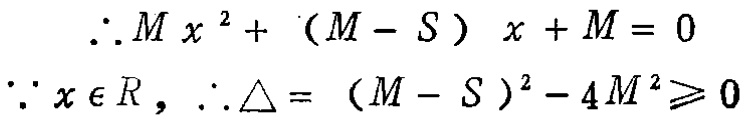
\[\begin{align*}
&\therefore Mx^{2}+(M - S)x + M = 0\\
&\because x\in R,\therefore\Delta=(M - S)^{2}-4M^{2}\geqslant0
\end{align*}\]